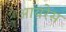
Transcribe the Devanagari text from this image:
आयरेस